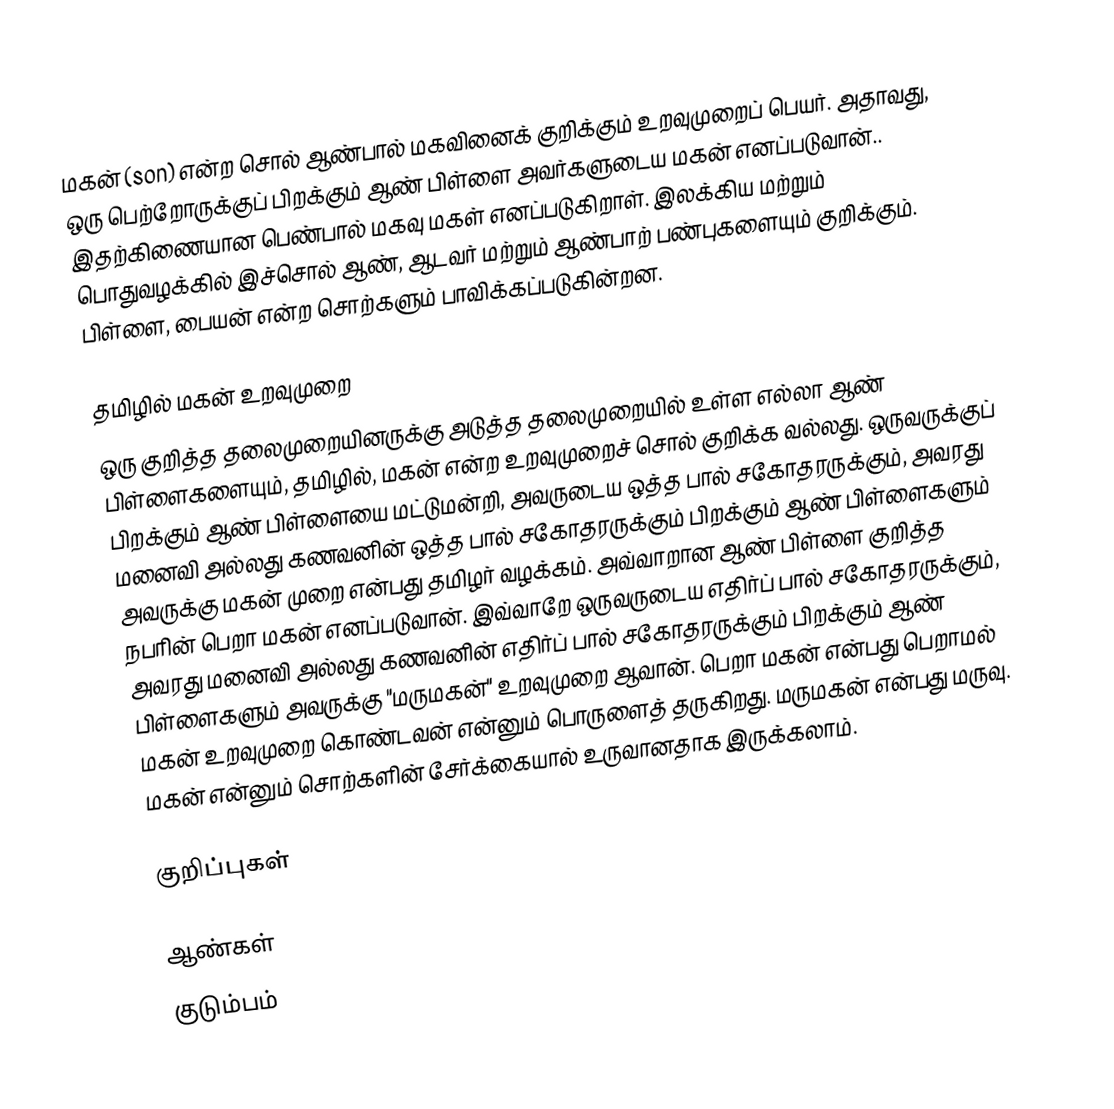
மகன் (son) என்ற சொல் ஆண்பால் மகவினைக் குறிக்கும் உறவுமுறைப் பெயர். அதாவது, ஒரு பெற்றோருக்குப் பிறக்கும் ஆண் பிள்ளை அவர்களுடைய மகன் எனப்படுவான்.. இதற்கிணையான பெண்பால் மகவு மகள் எனப்படுகிறாள். இலக்கிய மற்றும் பொதுவழக்கில் இச்சொல் ஆண், ஆடவர் மற்றும் ஆண்பாற் பண்புகளையும் குறிக்கும். பிள்ளை, பையன் என்ற சொற்களும் பாவிக்கப்படுகின்றன.

தமிழில் மகன் உறவுமுறை
ஒரு குறித்த தலைமுறையினருக்கு அடுத்த தலைமுறையில் உள்ள எல்லா ஆண் பிள்ளைகளையும், தமிழில், மகன் என்ற உறவுமுறைச் சொல் குறிக்க வல்லது. ஒருவருக்குப் பிறக்கும் ஆண் பிள்ளையை மட்டுமன்றி, அவருடைய ஒத்த பால் சகோதரருக்கும், அவரது மனைவி அல்லது கணவனின் ஒத்த பால் சகோதரருக்கும் பிறக்கும் ஆண் பிள்ளைகளும் அவருக்கு மகன் முறை என்பது தமிழர் வழக்கம். அவ்வாறான ஆண் பிள்ளை குறித்த நபரின் பெறா மகன் எனப்படுவான். இவ்வாறே ஒருவருடைய எதிர்ப் பால் சகோதரருக்கும், அவரது மனைவி அல்லது கணவனின் எதிர்ப் பால் சகோதரருக்கும் பிறக்கும் ஆண் பிள்ளைகளும் அவருக்கு "மருமகன்" உறவுமுறை ஆவான். பெறா மகன் என்பது பெறாமல் மகன் உறவுமுறை கொண்டவன் என்னும் பொருளைத் தருகிறது. மருமகன் என்பது மருவு. மகன் என்னும் சொற்களின் சேர்க்கையால் உருவானதாக இருக்கலாம்.

குறிப்புகள்

ஆண்கள்
குடும்பம்